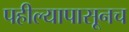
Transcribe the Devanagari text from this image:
पहील्यापासूनच